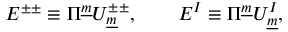
E ^ { \pm \pm } \equiv \Pi ^ { \underline { { { m } } } } U _ { \underline { { { m } } } } ^ { \pm \pm } , \qquad E ^ { I } \equiv \Pi ^ { \underline { { { m } } } } U _ { \underline { { { m } } } } ^ { I } ,